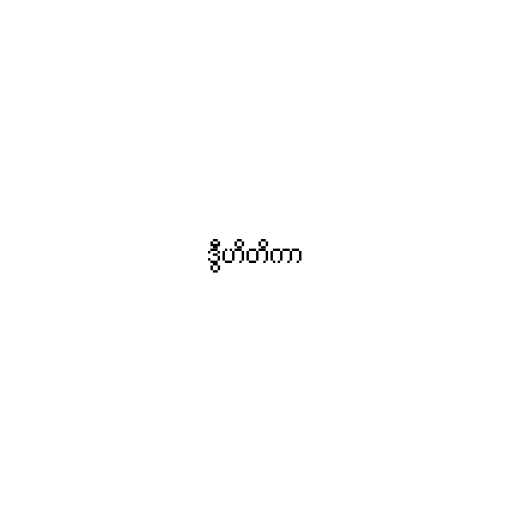
ဒွီဟိတိကာ